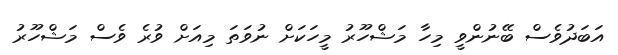
އަބަދުވެސް ބޭނުންވީ މިހާ މަޝްހޫރު މީހަކަށް ނުވަތަ މިއަށް ވުރެ ވެސް މަޝްހޫރު